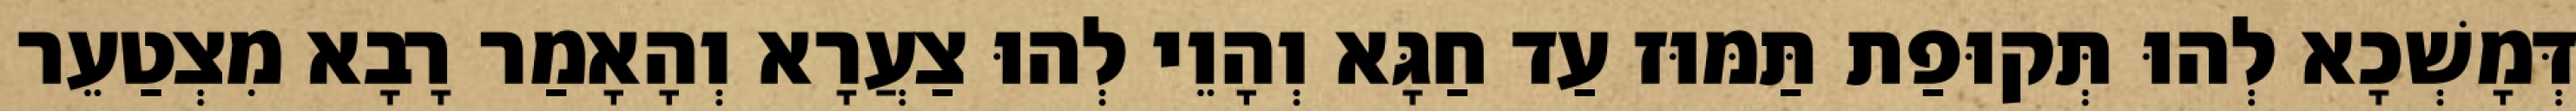
דְּמָשְׁכָא לְהוּ תְּקוּפַת תַּמּוּז עַד חַגָּא וְהָוֵי לְהוּ צַעֲרָא וְהָאָמַר רָבָא מִצְטַעֵר